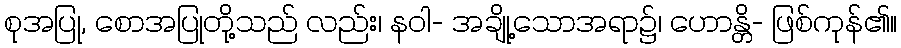
စုအပြု, စောအပြုတို့သည် လည်း၊ နဝါ- အချို့သောအရာ၌၊ ဟောန္တိ- ဖြစ်ကုန်၏။